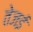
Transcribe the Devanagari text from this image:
तेजई